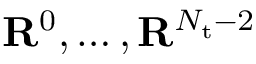
\mathbf { R } ^ { 0 } , \ldots , \mathbf { R } ^ { N _ { \mathrm { t } } - 2 }